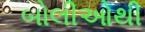
બોલીઓથી